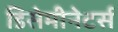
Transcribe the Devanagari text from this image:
डिसेमीनेटर्स